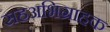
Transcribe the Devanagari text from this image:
सहअभिग्राहक